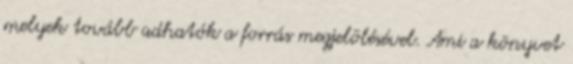
melyek tovább adhatók a forrás megjelölésével. Ami a könyvet